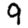
Digit: 9